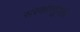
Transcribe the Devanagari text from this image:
संस्कारगुणांचे